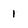
Character: 1